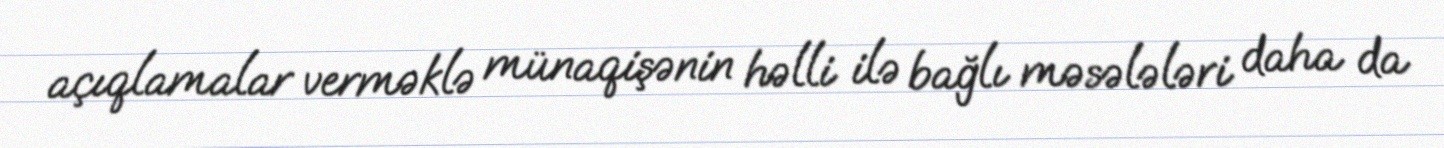
açıqlamalar verməklə münaqişənin həlli ilə bağlı məsələləri daha da